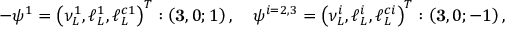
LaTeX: - \psi ^ { 1 } = \left( \nu _ { L } ^ { 1 } , \ell _ { L } ^ { 1 } , \ell _ { L } ^ { c 1 } \right) ^ { T } : \left( { \bf 3 } , 0 ; 1 \right) , \quad \psi ^ { i = 2 , 3 } = \left( \nu _ { L } ^ { i } , \ell _ { L } ^ { i } , \ell _ { L } ^ { c i } \right) ^ { T } : \left( { \bf 3 } , 0 ; - 1 \right) ,